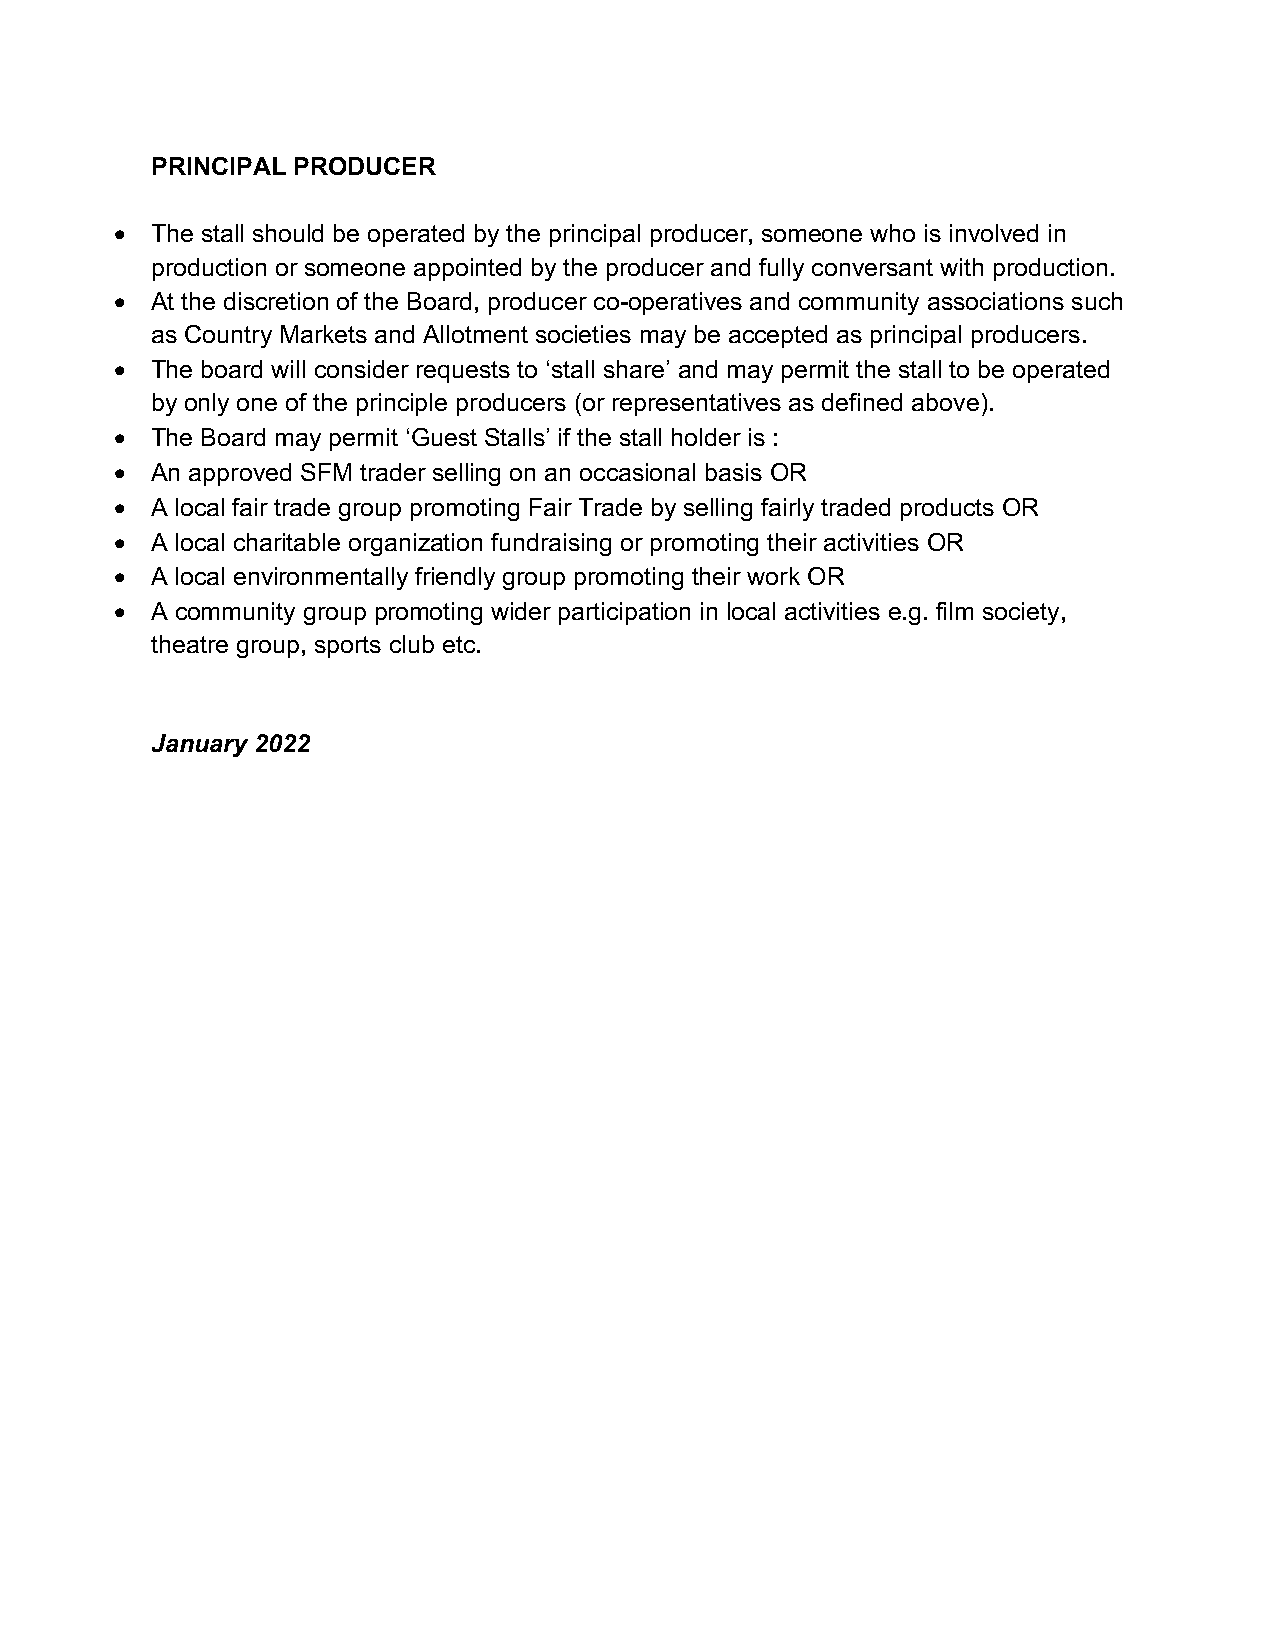
PRINCIPAL PRODUCER
 • The stall should be operated by the principal producer, someone who is involved in
 production or someone appointed by the producer and fully conversant with production.
 • At the discretion of the Board, producer co-operatives and community associations such
 as Country Markets and Allotment societies may be accepted as principal producers.
 • The board will consider requests to ‘stall share’ and may permit the stall to be operated
 by only one of the principle producers (or representatives as defined above).
 • The Board may permit ‘Guest Stalls’ if the stall holder is :
 • An approved SFM trader selling on an occasional basis OR
 • A local fair trade group promoting Fair Trade by selling fairly traded products OR
 • A local charitable organization fundraising or promoting their activities OR
 • A local environmentally friendly group promoting their work OR
 • A community group promoting wider participation in local activities e.g. film society,
 theatre group, sports club etc.
 January 2022